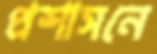
প্রশাসনে